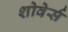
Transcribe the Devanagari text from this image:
शोवेर्स